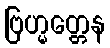
ဗြဟ္မတ္တေန